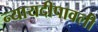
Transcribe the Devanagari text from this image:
न्यायदीपावली